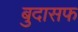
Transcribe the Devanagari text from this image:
बुदासफ